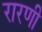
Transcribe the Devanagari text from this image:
रारणी